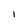
Character: 1